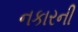
નકારની